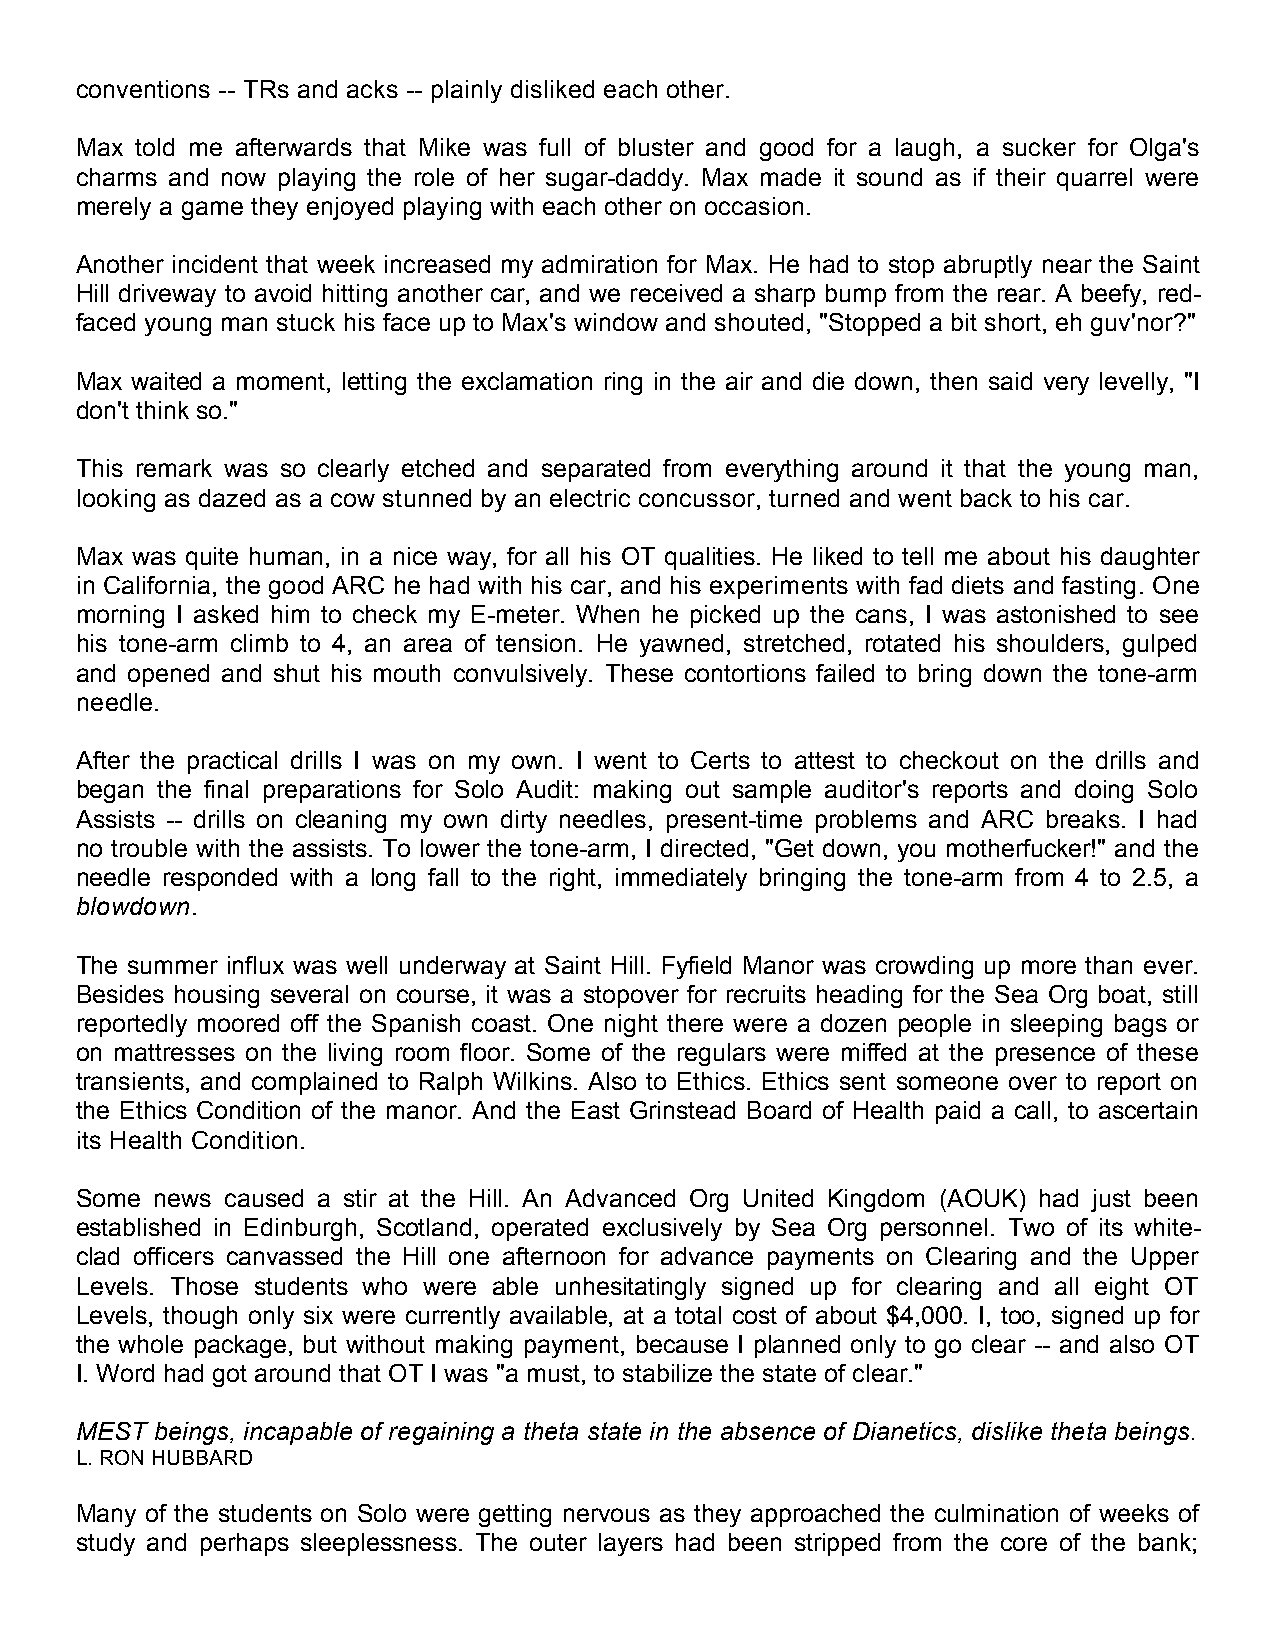
conventions -- TRs and acks -- plainly disliked each other.
 Max told me afterwards that Mike was full of bluster and good for a laugh, a sucker for Olga's
 charms and now playing the role of her sugar-daddy. Max made it sound as if their quarrel were
 merely a game they enjoyed playing with each other on occasion.
 Another incident that week increased my admiration for Max. He had to stop abruptly near the Saint
 Hill driveway to avoid hitting another car, and we received a sharp bump from the rear. A beefy, red-
 faced young man stuck his face up to Max's window and shouted, "Stopped a bit short, eh guv'nor?"
 Max waited a moment, letting the exclamation ring in the air and die down, then said very levelly, "I
 don't think so."
 This remark was so clearly etched and separated from everything around it that the young man,
 looking as dazed as a cow stunned by an electric concussor, turned and went back to his car.
 Max was quite human, in a nice way, for all his OT qualities. He liked to tell me about his daughter
 in California, the good ARC he had with his car, and his experiments with fad diets and fasting. One
 morning I asked him to check my E-meter. When he picked up the cans, I was astonished to see
 his tone-arm climb to 4, an area of tension. He yawned, stretched, rotated his shoulders, gulped
 and opened and shut his mouth convulsively. These contortions failed to bring down the tone-arm
 needle.
 After the practical drills I was on my own. I went to Certs to attest to checkout on the drills and
 began the final preparations for Solo Audit: making out sample auditor's reports and doing Solo
 Assists -- drills on cleaning my own dirty needles, present-time problems and ARC breaks. I had
 no trouble with the assists. To lower the tone-arm, I directed, "Get down, you motherfucker!" and the
 needle responded with a long fall to the right, immediately bringing the tone-arm from 4 to 2.5, a
 blowdown.
 The summer influx was well underway at Saint Hill. Fyfield Manor was crowding up more than ever.
 Besides housing several on course, it was a stopover for recruits heading for the Sea Org boat, still
 reportedly moored off the Spanish coast. One night there were a dozen people in sleeping bags or
 on mattresses on the living room floor. Some of the regulars were miffed at the presence of these
 transients, and complained to Ralph Wilkins. Also to Ethics. Ethics sent someone over to report on
 the Ethics Condition of the manor. And the East Grinstead Board of Health paid a call, to ascertain
 its Health Condition.
 Some news caused a stir at the Hill. An Advanced Org United Kingdom (AOUK) had just been
 established in Edinburgh, Scotland, operated exclusively by Sea Org personnel. Two of its white-
 clad officers canvassed the Hill one afternoon for advance payments on Clearing and the Upper
 Levels. Those students who were able unhesitatingly signed up for clearing and all eight OT
 Levels, though only six were currently available, at a total cost of about $4,000. I, too, signed up for
 the whole package, but without making payment, because I planned only to go clear -- and also OT
 I. Word had got around that OT I was "a must, to stabilize the state of clear."
 MEST beings, incapable of regaining a theta state in the absence of Dianetics, dislike theta beings.
 L. RON HUBBARD
 Many of the students on Solo were getting nervous as they approached the culmination of weeks of
 study and perhaps sleeplessness. The outer layers had been stripped from the core of the bank;